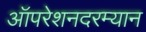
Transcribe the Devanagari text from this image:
ऑपरेशनदरम्यान